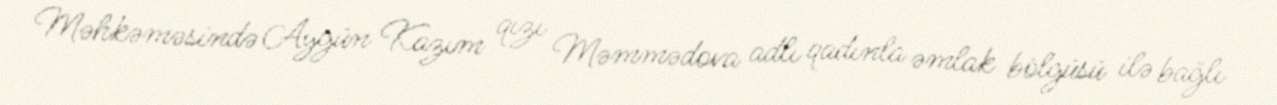
Məhkəməsində Aygün Kazım qızı Məmmədova adlı qadınla əmlak bölgüsü ilə bağlı